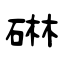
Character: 碄